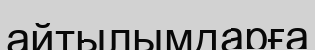
айтылымдарға